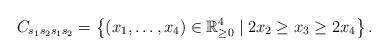
LaTeX: \begin{align*}C_{s_1s_2s_1s_2} = \left\{ (x_1,\ldots,x_4) \in \mathbb{R}^4_{\geq 0} \mid 2x_2 \geq x_3 \geq 2x_4 \right\}.\end{align*}